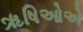
ૠષિઓએ